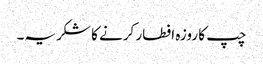
چپ کا روزہ افطار کرنے کا شکریہ۔